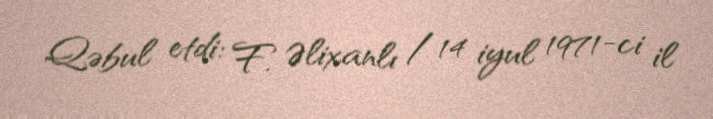
Qəbul etdi: F. Əlixanlı / 14 iyul 1971-ci il